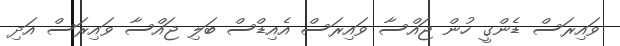
ވައިރަސް ޑެންގީ ހުން ޖައްސާ ވައިރަސް އެއިޑްސް ބަލި ޖައްސާ ވައިރަސް އަދި